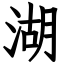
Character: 湖